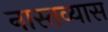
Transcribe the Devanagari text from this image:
नास्तव्यास